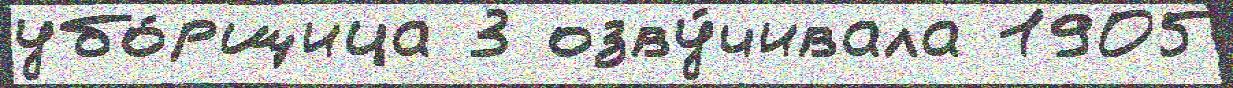
убо́рщица 3 озву́чивала 1905